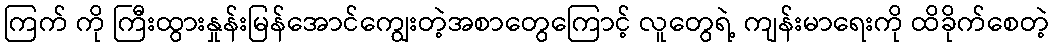
ကြက် ကို ကြီးထွားနှုန်းမြန်အောင်ကျွေးတဲ့အစာတွေကြောင့် လူတွေရဲ့ ကျန်းမာရေးကို ထိခိုက်စေတဲ့